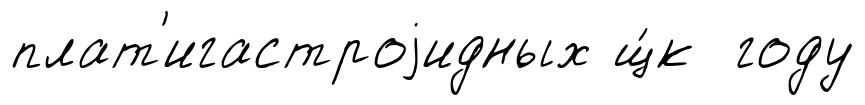
плат'игастроjидных щ́к году